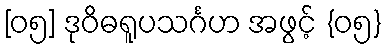
[၀၅] ဒုဝိဓရူပသင်္ဂဟ အဖွင့် {၀၅}